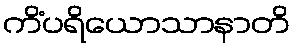
ကိံပရိယောသာနာတိ